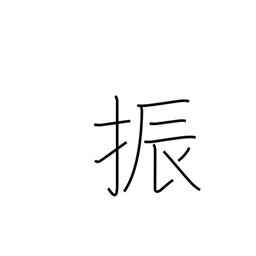
Meaning: swing